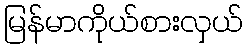
မြန်မာကိုယ်စားလှယ်